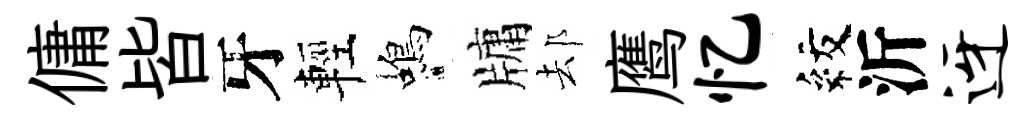
傭皆牙輕蝎牗𨚫鹰忆紋沂迓